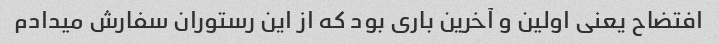
افتضاح یعنی اولین و آخرین باری بود که از این رستوران سفارش میدادم